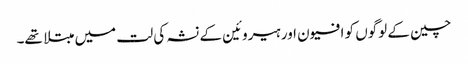
چین کے لوگوں کو افیون اور ہیروئین کے نشہ کی لت میں مبتلا تھے۔